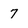
Character: 7